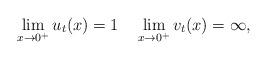
LaTeX: \begin{align*}\lim_{x \to 0^+}u_t(x) = 1 \quad\lim_{x \to 0^+}v_t(x) = \infty,\end{align*}